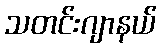
သတင်းဂျာနယ်